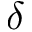
\delta